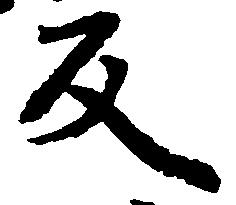
反